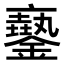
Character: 𨮲